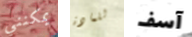
يمكنني للمادة آسف